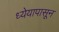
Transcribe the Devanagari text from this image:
ध्येयापासून